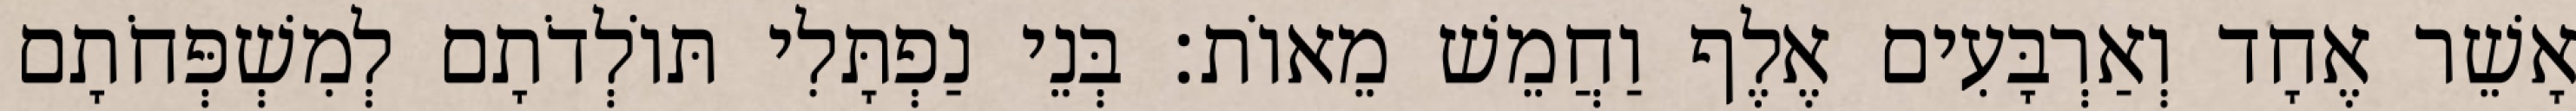
אָשֵׁר אֶחָד וְאַרְבָּעִים אֶלֶף וַחֲמֵשׁ מֵאוֹת׃ בְּנֵי נַפְתָּלִי תּוֹלְדֹתָם לְמִשְׁפְּחֹתָם